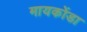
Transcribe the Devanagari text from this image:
मायकोंडा